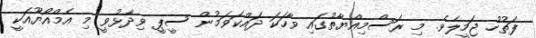
ފަތުހު ޖަމީލެވެ. މި ރަސްމިއްޔާތުގައި ވާހަކަ ދައްކަވަމުން ސީޕީ ވިދާޅުވީ މި އެމްއޯޔޫއަކީ